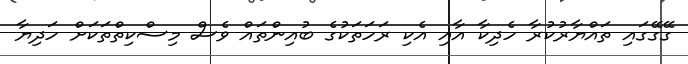
ގޭގޭގައި ތައްޔާރުކުރާ ހެދިކާ އާއި އެކި ރަހަތަކުގެ ބުއިންތައް ވެސް މިސްކިތްތަކަށް ހަދިޔާ